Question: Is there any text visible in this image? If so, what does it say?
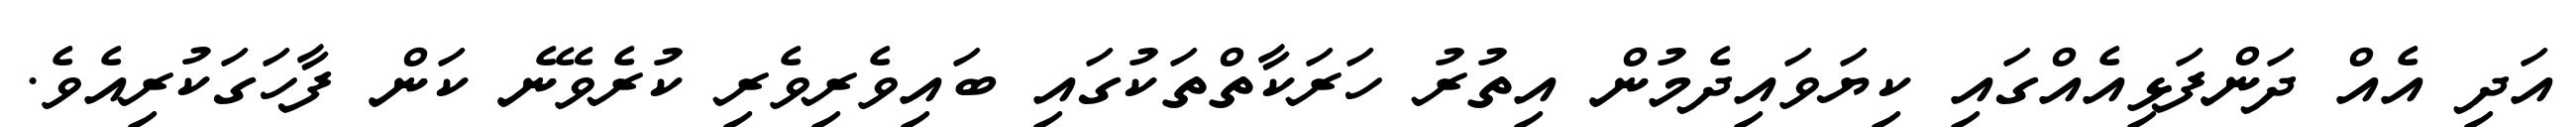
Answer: އަދި އެއް ދަންފަޅިއެއްގައި ކިޔަވައިދެމުން އިތުރު ހަރަކާތްތަކުގައި ބައިވެރިވެރި ކުރެވޭނެ ކަން ފާހަގަކުރިއެވެ.